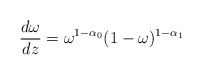
\begin{align*}{{d\omega}\over{dz}}= \omega^{1-\alpha_0}(1-\omega)^{1-\alpha_1}\end{align*}